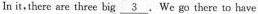
In it ,there are three big \underline{3}.We go there to have